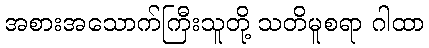
အစားအသောက်ကြီးသူတို့ သတိမူစရာ ဂါထာ